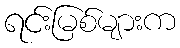
ရင်းမြစ်များက